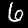
Digit: 6